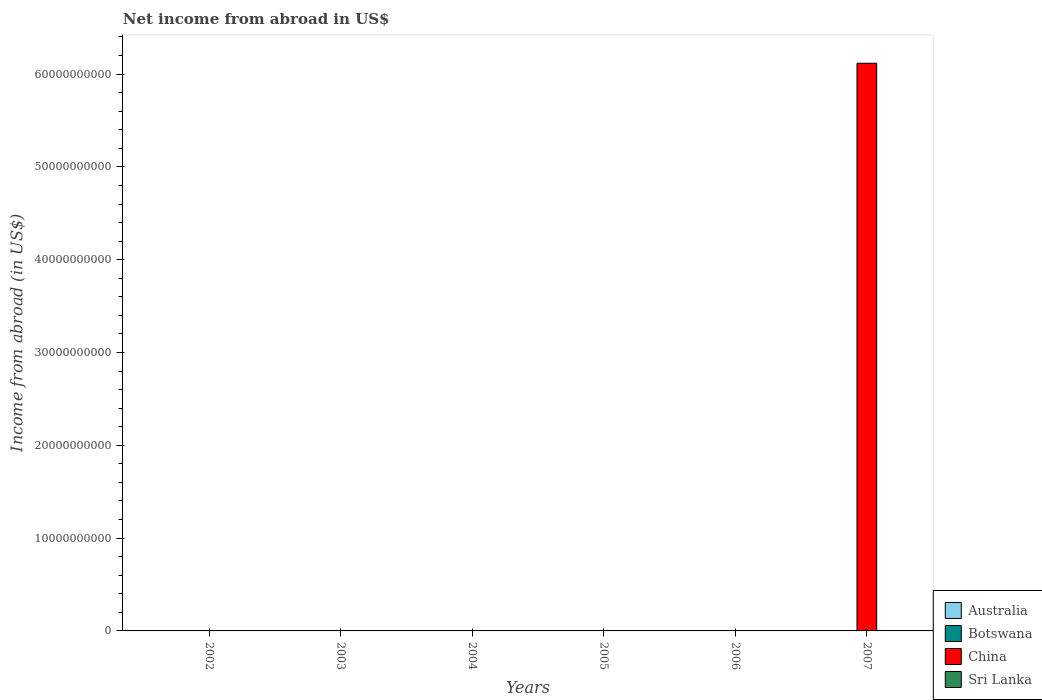
| Years | Australia | Botswana | China | Sri Lanka |
 | --- | --- | --- | --- | --- |
 | 2002 | -2.05e+10 | -4.42e+09 | -1.24e+11 | -2.4e+10 |
 | 2003 | -2.26e+10 | -3.54e+09 | -8.46e+10 | -1.65e+10 |
 | 2004 | -2.46e+10 | -4.5e+09 | -4.25e+10 | -2.07e+10 |
 | 2005 | -3.43e+10 | -4.27e+09 | -1.32e+11 | -3e+10 |
 | 2006 | -3.88e+10 | -4.51e+09 | -4.1e+10 | -4.04e+10 |
 | 2007 | -4.85e+10 | -4.53e+09 | 6.12e+10 | -3.91e+10 |